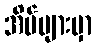
အိမ်များမှာ